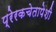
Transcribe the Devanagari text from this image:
प्रेरकचेतापेशी